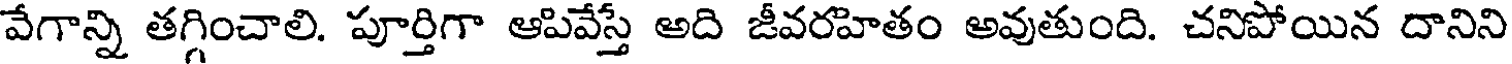
వేగాన్ని తగ్గించాలి. పూర్తిగా ఆపివేస్తే అది జీవరహితం అవుతుంది. చనిపోయిన దానిని